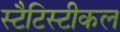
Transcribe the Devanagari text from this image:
स्टैटिस्टीकल